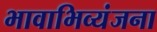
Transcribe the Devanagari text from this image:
भावाभिव्यंजना